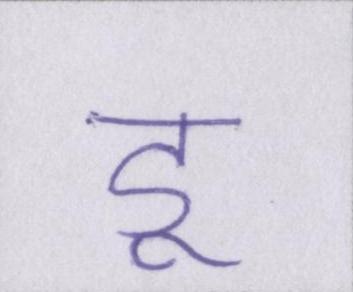
डू